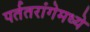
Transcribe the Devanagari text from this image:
पर्ततरांगेमध्ये